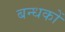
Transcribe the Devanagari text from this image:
बन्धकों